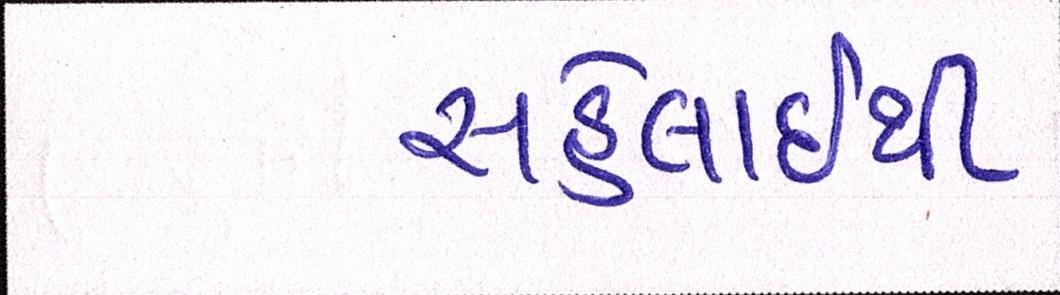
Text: સહેલાઇથી